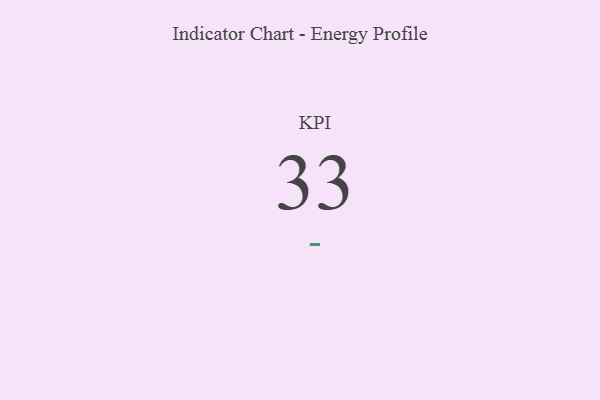
{"axis": {"x": "KPI", "y": "Value"}, "legend": [""], "data": [{"x": "KPI", "y": 33, "type": ""}]}